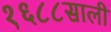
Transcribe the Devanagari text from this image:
१६८८साली